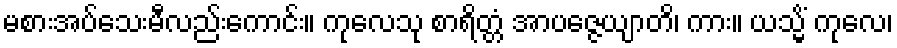
မစားအပ်သေးမီလည်းကောင်း။ ကုလေသု စာရိတ္တံ အာပဇ္ဇေယျာတိ၊ ကား။ ယသ္မိံ ကုလေ၊